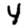
Digit: 4